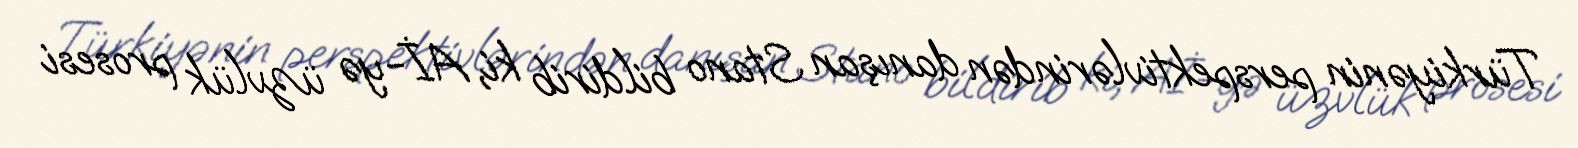
Türkiyənin perspektivlərindən danışan Stano bildirib ki, Aİ-yə üzvlük prosesi